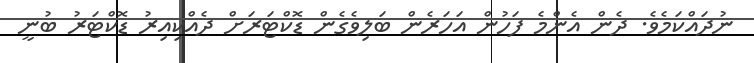
ނުދައްކަމެވެ. ދެން އެންމެ ފަހުން އަހަރެން ބަލިވެގެން ޑޮކްޓަރަށް ދެއްކިއިރު ޑޮކްޓަރު ބުނީ